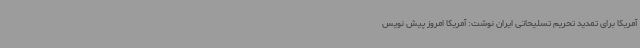
آمریکا برای تمدید تحریم تسلیحاتی ایران نوشت: آمریکا امروز پیش نویس